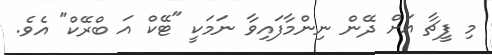
މި ފީޗާ އަށް ދޭން ނިންމާފައިވާ ނަމަކީ "ޓޭކް އަ ބްރޭކް" އެވެ.